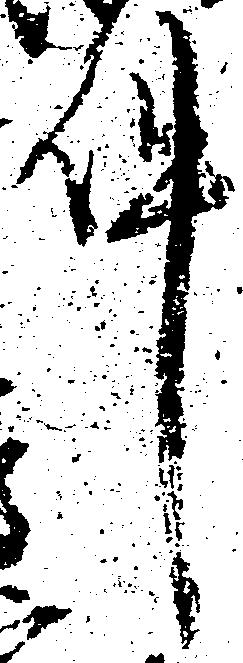
件